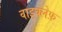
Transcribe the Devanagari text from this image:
वाइक्लेफ़